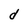
Character: d